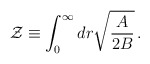
\begin{align*}{\cal Z}\equiv \int^\infty_0 dr \sqrt{{A\over 2B}}\,.\end{align*}